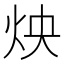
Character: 炴